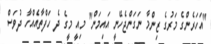
"އަހަރެންގެ މަރުގެ ޒިންމާ ނަގަންޖެހޭނީ އައިމަން" މިއީ މީގެ ދެ ހަފްތާއެއްހާ ދުވަސް